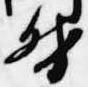
督